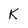
Character: K